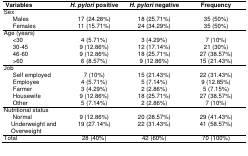
<table><thead><tr><td><b>Variables</b></td><td><b><i>H. pylori</i> positive</b></td><td><b><i>H. pylori</i> negative</b></td><td><b>Frequency</b></td></tr></thead><tbody><tr><td>Sex Males Females</td><td>17 (24.28%)11 (15.71%)</td><td>18 (25.71%)24 (34.29%)</td><td>35 (50%)35 (50%)</td></tr><tr><td>Age (years) &lt;30 30-45 46-60 &gt;60</td><td>4 (5.71%)9 (12.86%)9 (12.86%)6 (8.57%)</td><td>3 (4.29%)12 (17.14%)18 (25.71%)9 (12.86%)</td><td>7 (10%)21 (30%)27 (38.57%)15 (21.43%)</td></tr><tr><td>Job Self employed Employee Farmer Housewife Other</td><td>7 (10%)4 (5.71%)3 (4.29%)9 (12.86%)5 (7.14%)</td><td>15 (21.43%)5 (7.14%)2 (2.86%)18 (25.71%)2 (2.86%)</td><td>22 (31.43%)9 (12.85%)5 (7.15%)27 (38.57%)7 (10%)</td></tr><tr><td>Nutritional status Normal Underweight and Overweight</td><td>9 (12.86%)19 (27.14%)</td><td>20 (28.57%)22 (31.43%)</td><td>29 (41.43%)41 (58.57%)</td></tr><tr><td>Total</td><td>28 (40%)</td><td>42 (60%)</td><td>70 (100%)</td></tr></tbody></table>